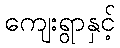
ကျေးရွာနှင့်